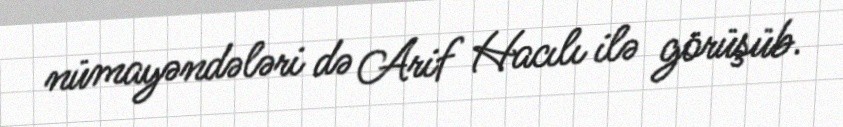
nümayəndələri də Arif Hacılı ilə görüşüb.